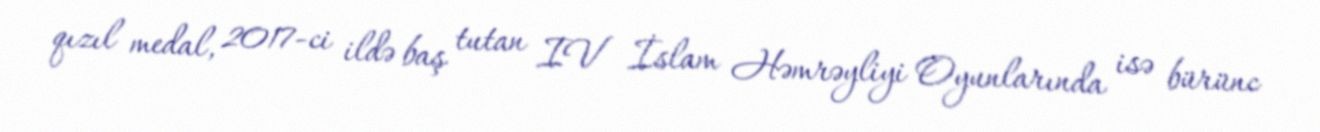
qızıl medal, 2017-ci ildə baş tutan IV İslam Həmrəyliyi Oyunlarında isə bürünc